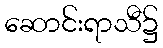
ဆောင်းရာသီ၌